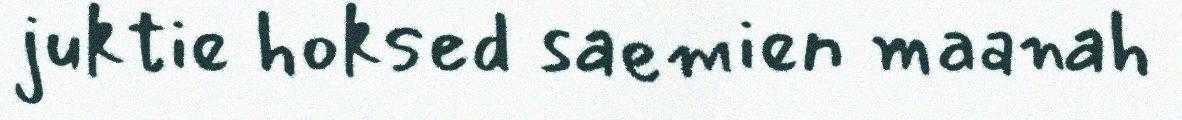
juktie hoksed saemien maanah